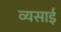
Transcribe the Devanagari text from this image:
व्यसाई